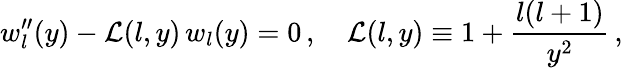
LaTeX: w_{l}^{\prime\prime}(y)-\mathcal{L}(l,y)\, w_{l}(y)=0\, ,\quad\mathcal{L}(l,y)\equiv1+\frac{{l(l+1)}}{{y^{2}}}\, ,